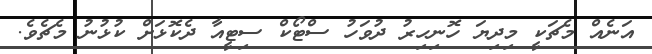
އަނެއް މެޗަކީ މިދިޔަ ހޮނިހިރު ދުވަހު ސްޓޯކް ސިޓީއާ ދެކޮޅަށް ކުޅުނު މެޗެވެ.